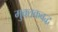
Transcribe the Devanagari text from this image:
मुक्तकबद्ध